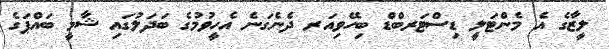
ލީޒާގެ އެ މެންޓަލީ ޑިސްޓަރބްޑް ބިހޭވިއަރ ދެނެގަނެ އެހީވުމުގެ ބަދަލުގައި ޝާމީ ބައްޕަގެ